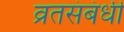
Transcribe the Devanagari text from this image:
व्रतसंबंधी